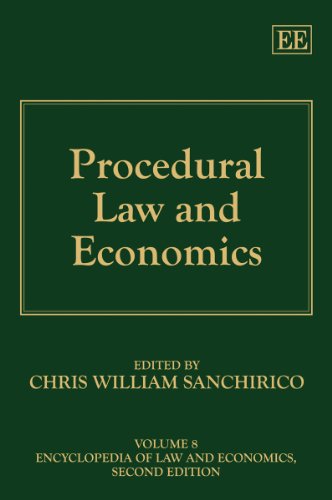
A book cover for Procedural Law and Economics (Encyclopedia of Law and Economics, Second Edition); Chris William Sanchirico; Law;